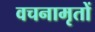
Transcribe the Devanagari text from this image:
वचनामृतों